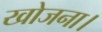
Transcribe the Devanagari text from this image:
खोजना।